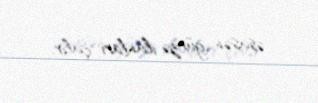
əsasən gürzə ilanları çalır.